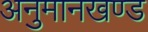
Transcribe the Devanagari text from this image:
अनुमानखण्ड